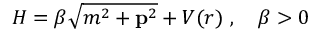
H = \beta \sqrt { m ^ { 2 } + { \bf p } ^ { 2 } } + V ( r ) \ , \quad \beta > 0 \,